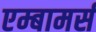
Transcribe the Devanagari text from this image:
एम्बामर्स